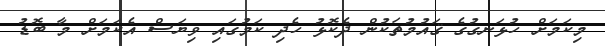
މިކަމަށް ހުޅަނގުގެ ޤައުމުތަކުން ދެކޮޅު ހެދި ކަމުގައި ވިޔަސް އެކަމަށް މާ ބޮޑު